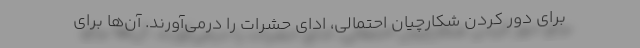
برای دور کردن شکارچیان احتمالی، ادای حشرات را درمی‌آورند. آن‌ها برای